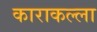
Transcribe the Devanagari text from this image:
काराकल्ला